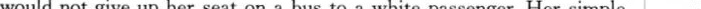
would not give up her seat on a bus to a white passenger. Her simple A. They are highly educated.